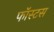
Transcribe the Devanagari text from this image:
फॉस्टस